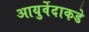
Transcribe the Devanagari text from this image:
आयुर्वेदाकडे